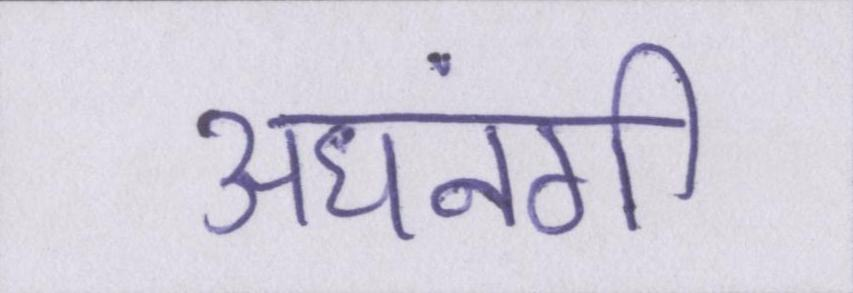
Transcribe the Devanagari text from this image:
अधनंगी